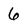
Character: 6